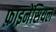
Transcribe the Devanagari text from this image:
फ़ाइनेंसियल